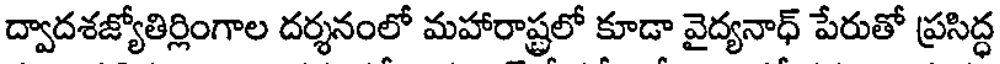
ద్వాదశజ్యోతిర్లింగాల దర్శనంలో మహారాష్ట్రలో కూడా వైద్యనాధ్ పేరుతో ప్రసిద్ధ